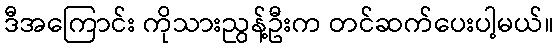
ဒီအကြောင်း ကိုသားညွန့်ဦးက တင်ဆက်ပေးပါ့မယ်။